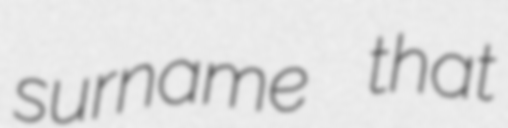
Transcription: surname that